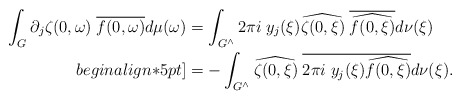
\begin{align*}\begin{aligned} \int_G \partial_j \zeta(0,\omega) \; \overline{f(0,\omega)} d\mu(\omega) &= \int_{G^\wedge} 2 \pi i \; y_j(\xi)\widehat{\zeta(0,\xi)} \; \overline{\widehat{f(0,\xi)}} d\nu(\xi)\\begin{align*}5pt]&= - \int_{G^\wedge} \widehat{\zeta(0,\xi)} \; \overline{2 \pi i \; y_j(\xi) \widehat{f(0,\xi)}} d\nu(\xi).\end{aligned}\end{align*}